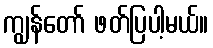
ကျွန်တော် ဖတ်ပြပါ့မယ်။